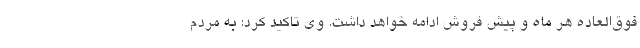
فوق‌العاده هر ماه و پیش فروش ادامه خواهد داشت. وی تاکید کرد: به مردم